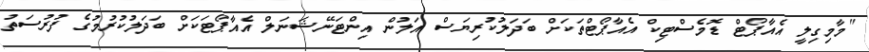
"މާމިގިލީ އެއާޕޯޓް ޑޮމެސްޓިކް އެއާޕޯޓްތަކަށް ބަދަލުކުރިޔަސް އަލުން އިންޓަނޭޝަނަލް އެއާޕޯޓަކަށް ބަދަލުކުރުމުގެ ފުރުސަތު